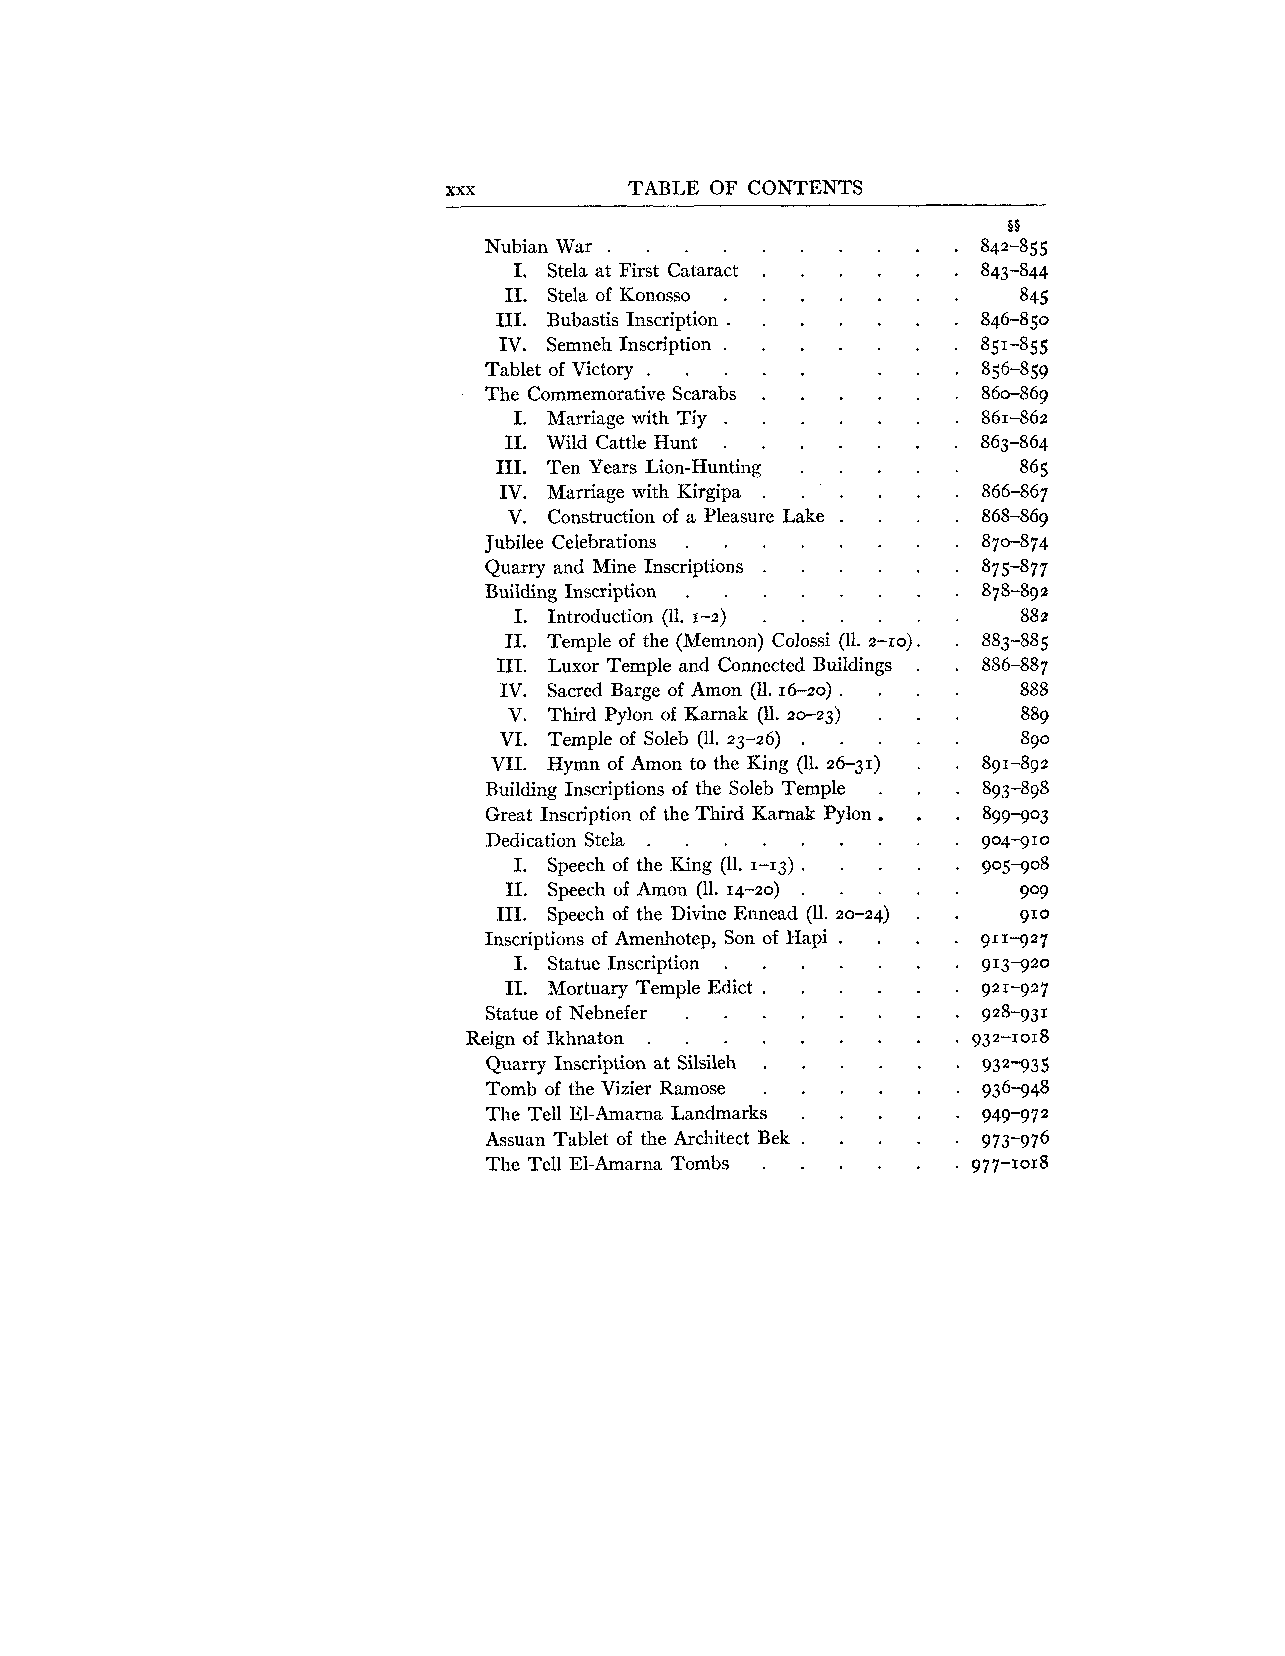
xxx          TABLE OF CONTENTS
 Nubian War . . . . . . .  .  .
 .
 I Stela at First Cataract . . . . .
 I1. Stela of Konosso . . . . . .
 I11 . Bubastis Inscription . . . . . .
 IV. Semneh Inscription . . . . . .
 Tablet of Victory . . . . . . .
 The Commemorative Scarabs . . . . .
 I. Marriage with Tiy . . . . . .
 I1 . Wild Cattle Hunt . . . . . .
 I11 . Ten Years Lion-Hunting . . . .
 IV. Marriage with Kirgipa . . . . .
 V. Construction of a Pleasure Lake . . .
 Jubilee Celebrations . . . . . . .
 Quarry and Mine Inscriptions . . . . .
 Building Inscription . . . . . . .
 I. Introduction (11 . 1-2) . . . . .
 I1 . Temple of the (Memnon) Colossi (11 . 2-10) .
 I11 . Luxor Temple and Connected Buildings .
 IV. Sacred Barge of Amon (11.16-20) . . .
 V . Third Pylon of Karnak (11 . 2-23} . .
 VI. Temple of Soleb (11 . 23-26) . . . .
 VII. Hymn of Amon to the King (11 . 26-31) .
 Building Inscriptions of the Soleb Temple . .
 .  .
 Great Inscription of the Third Karnak Pylon
 Dedication Stela . . . . . . . .
 I. Speech of the King (11 . 1-13) . . . .
 I1. Speech of Amon (11 . 14-20) . . . .
 I11 . Speech of the Divine Ennead (11 . 20-24) .
 Inscriptions of Amenhotep, Son of Hapi . . .
 I. Statue Inscription . . . . . .
 I1. Mortuary Temple Edict . . . . .
 Statue of Nebnefer . . . . . . .
 . .  .  . .  . .  .
 Reign of Ikhnaton
 Quarry Inscription at Silsileh . . . . .
 Tomb of the Vizier Ramose . . . . .
 The Tell El-Amarna Landmarks . . . .
 Assuan Tablet of the Architect Bek . . . .
 The Tell El-Arnarna Tombs . . . . .